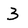
Character: 3